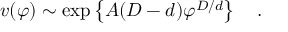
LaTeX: v ( \varphi ) \sim \exp \left\{ A ( D - d ) \varphi ^ { D / d } \right\} \quad .